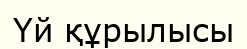
Үй құрылысы